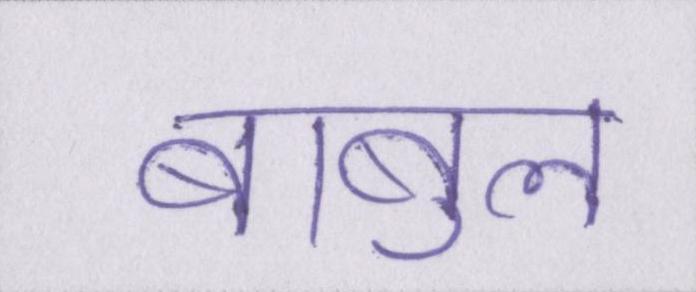
बाबुल